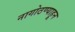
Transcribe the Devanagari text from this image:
नागोठण्याहून